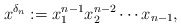
\begin{gather*}x^{\delta_n}:= x_1^{n-1} x_2^{n-2} \cdots x_{n-1},\end{gather*}